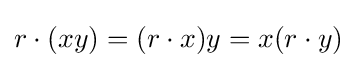
r\cdot (xy)=(r\cdot x)y=x(r\cdot y)